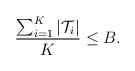
LaTeX: \begin{align*}\frac{\sum_{i=1}^K |{\cal T}_i|}{K} \leq B.\end{align*}